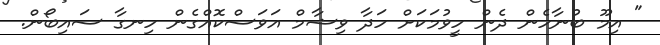
" އިމޫ ބުނާހެން ދެން ހީވުމަކަށް ހަދާ ވިޝާމް އަވަސްކޮއްގެން ހިނގާ ސައިބޯން.